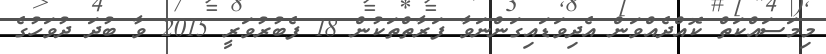
މިމަސައްކަތް ކޮއްދެއްވަން އެދިވަޑައިގަންނަވާ ފަރާތްތަކުން 18 ފެބުރުވަރީ 2015 ވާ ބުދަ ދުވަހުގެ